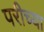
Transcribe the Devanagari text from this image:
परीच्या